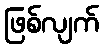
ဖြစ်လျက်